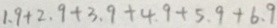
1 . 9 + 2 . 9 + 3 . 9 + 4 . 9 + 5 . 9 + 6 . 9